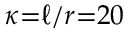
\kappa { = } \ell / r { = } 2 0